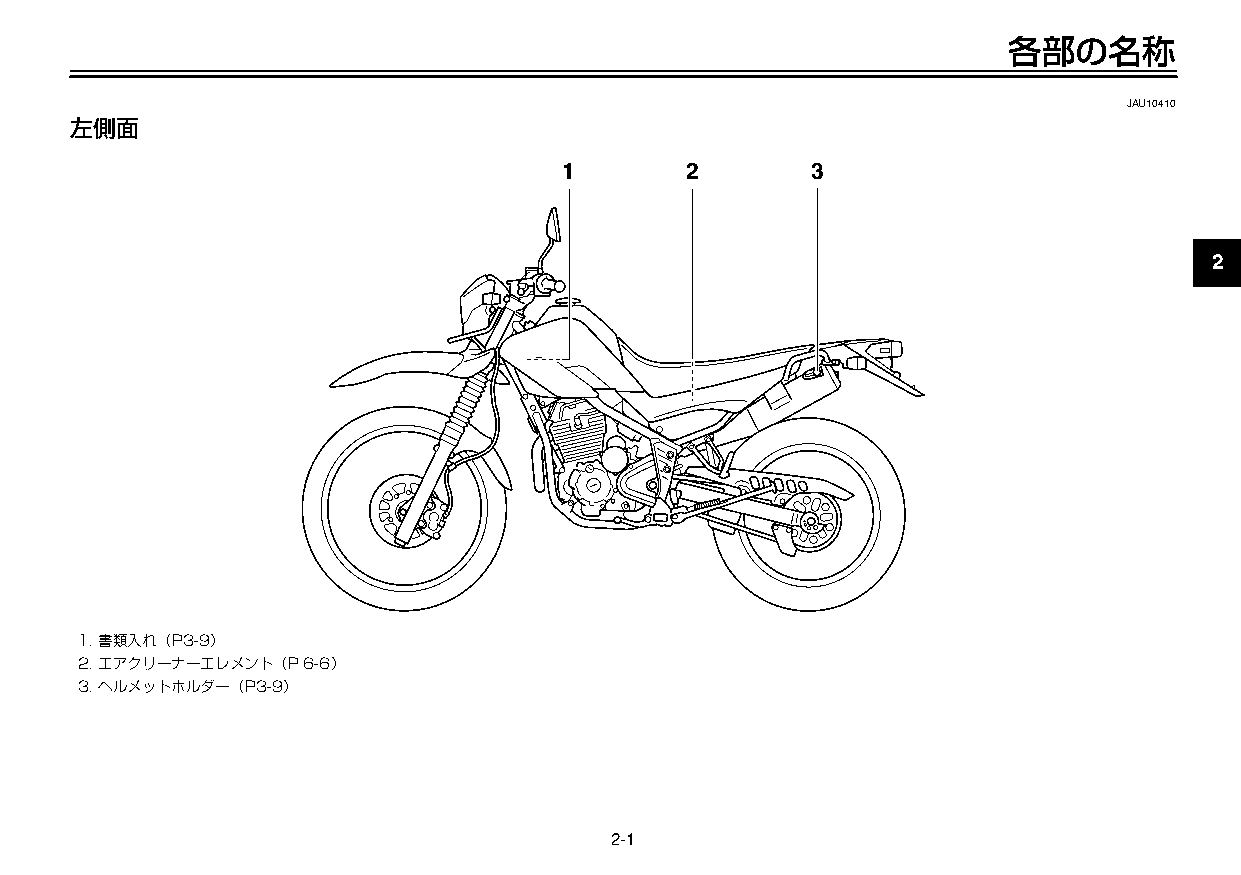
U3C5J7J0 1ページ ２００９年１１月４日 水曜日 午前９時４７分
 各部の名称
 JAU10410
 左側面
 1        2       3
 2
 3
 4
 5
 6
 7
 8
 1.書類入れ（P3-9）
 2.エアクリーナーエレメント（P6-6）
 9
 3.ヘルメットホルダー（P3-9）
 2-1